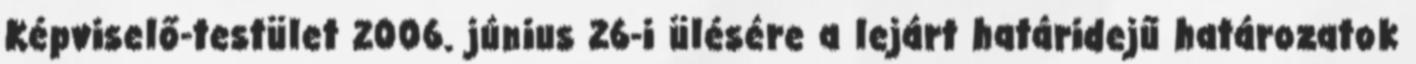
Képviselő-testület 2006. június 26-i ülésére a lejárt határidejű határozatok